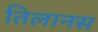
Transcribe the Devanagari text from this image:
तिलानस